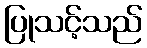
ပြုသင့်သည်